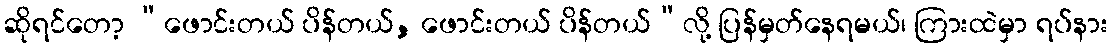
ဆိုရင်တော့ “ဖောင်းတယ် ပိန်တယ်, ဖောင်းတယ် ပိန်တယ်”လို့ ပြန်မှတ်နေရမယ်၊ ကြားထဲမှာ ရပ်နား